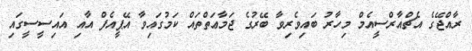
ރާއްޖޭގެ އެޗްއާރްސީއެމް މިހާރު ބައިވެރިވާ ބޭރުގެ ޖަމާޢަތްތައް ކަމުގައިވާ އޭޕީއެފް އާއި އައިސީސީގައި